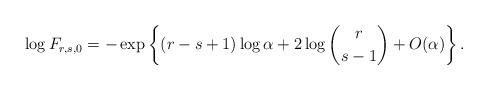
LaTeX: \begin{align*}\log F_{r,s,0}=-\exp\left\{(r-s+1)\log \alpha + 2\log\binom{r}{s-1} + O(\alpha)\right\}.\end{align*}